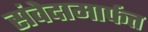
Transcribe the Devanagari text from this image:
संवेदामार्फत